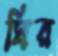
ঘির